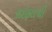
રાઇફલથી